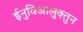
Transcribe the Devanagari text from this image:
ईनुविआलुक्तुन